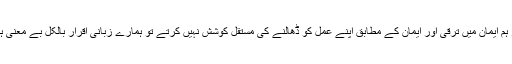
اگر ہم ایمان میں ترقی اور ایمان کے مطابق اپنے عمل کو ڈھالنے کی مستقل کوشش نہیں کرتے تو ہمارے زبانی اقرار بالکل بے معنی ہے۔